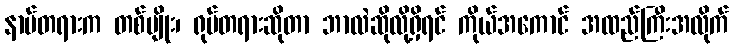
နာမ်တရားက တစ်မျိုး၊ ရုပ်တရားဆိုတာ ဘာလဲဆိုလို့ရှိရင် ကိုယ်အကောင် အထည်ကြီးအလိုက်